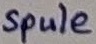
Text: Spule